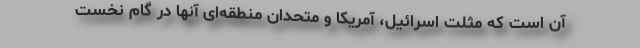
آن است که مثلت اسرائیل، آمریکا و متحدان منطقه‌ای آنها در گام نخست